system: You are a helpful assistant.
user:
Analyze the provided spectrum to determine if it is a **"Cataclysmic Variables (CV)"**.

- **Key Indicators for CV (Check for either state):**
    - **State 1: Quiescent / Low-State (Emission-Dominated)**
        - **(Primary):** Strong and *very broad* Hydrogen Balmer emission lines (e.g., $H\alpha$ at 6563 Å, $H\beta$ at 4861 Å). The 'broadness' (high velocity dispersion, often FWHM > 1000 km/s) is the key diagnostic, indicating a high-velocity accretion disk.
        - **(Secondary):** Broad neutral Helium (He I) emission lines (e.g., 5876 Å, 6678 Å).
        - **(Key Confirmation):** Presence of high-excitation *ionized* Helium (He II) emission at 4686 Å. This is a strong indicator of accretion onto a white dwarf.
        - **(Line Profile):** Emission lines may exhibit a 'double-peaked' profile, which is a classic signature of a rotating accretion disk viewed at high inclination.

    - **State 2: Outburst / High-State (Absorption-Dominated)**
        - **(Primary):** Spectrum is dominated by a bright, blue continuum (looks like a hot star).
        - **(Secondary):** The emission lines from State 1 are weak, absent, or 'filled in', and are replaced by broad, shallow *absorption* lines (primarily Balmer and He I).
        - **(Morphology):** The overall spectrum mimics a hot B/A-type star. The crucial difference is that the absorption lines are significantly broader, shallower, and more 'washed-out' (or 'smeared') than the sharp lines of a normal stellar photosphere, due to high rotational speeds and pressure broadening in the disk.

Think first, call **spectral_visualization_tool** if needed to examine features in detail, then provide your final answer. Your response must adhere to the following strict rules:
1.  **Overall Structure:** Your response must follow the format `<think>...</think> <tool_call>...</tool_call> (if a tool is used) <answer>...</answer>`.
2.  **Tool Usage Constraint:** You may only make **one** tool call per turn.
3.  **Final Answer Format:** In the `<answer>` tag, your conclusion must be inside a `\boxed{}` command (e.g., `\boxed{YES}`), followed by your justification.

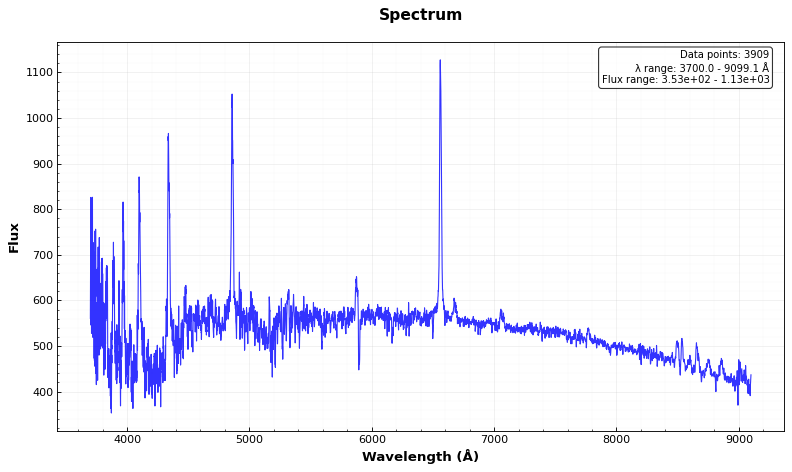
Answer: YES